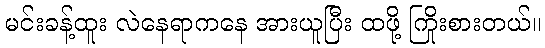
မင်းခန့်ထူး လဲနေရာကနေ အားယူပြီး ထဖို့ ကြိုးစားတယ်။